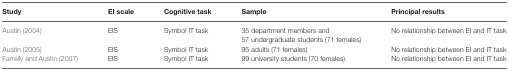
<table><thead><tr><td><b>Study</b></td><td><b>EI scale</b></td><td><b>Cognitive task</b></td><td><b>Sample</b></td><td><b>Principal results</b></td></tr></thead><tbody><tr><td>Austin (2004)</td><td>EIS</td><td>Symbol IT task</td><td>35 department members and</td><td>No relationship between EI and IT task</td></tr><tr><td></td><td></td><td></td><td>57 undergraduate students (71 females)</td><td></td></tr><tr><td>Austin (2005)</td><td>EIS</td><td>Symbol IT task</td><td>95 adults (71 females)</td><td>No relationship between EI and IT task</td></tr><tr><td>Farrelly and Austin (2007)</td><td>EIS</td><td>Symbol IT task</td><td>99 university students (70 females)</td><td>No relationship between EI and IT task</td></tr></tbody></table>